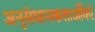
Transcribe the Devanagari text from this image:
अनुसंधानकतार्ओंको